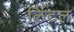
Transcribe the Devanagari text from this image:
लिंटल